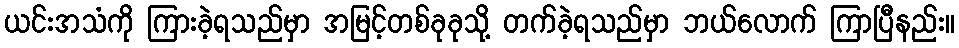
ယင်းအသံကို ကြားခဲ့ရသည်မှာ အမြင့်တစ်ခုခုသို့ တက်ခဲ့ရသည်မှာ ဘယ်လောက် ကြာပြီနည်း။